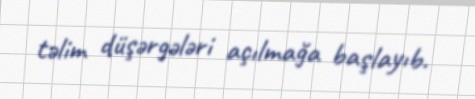
təlim düşərgələri açılmağa başlayıb.